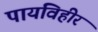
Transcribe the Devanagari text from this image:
पायविहीर